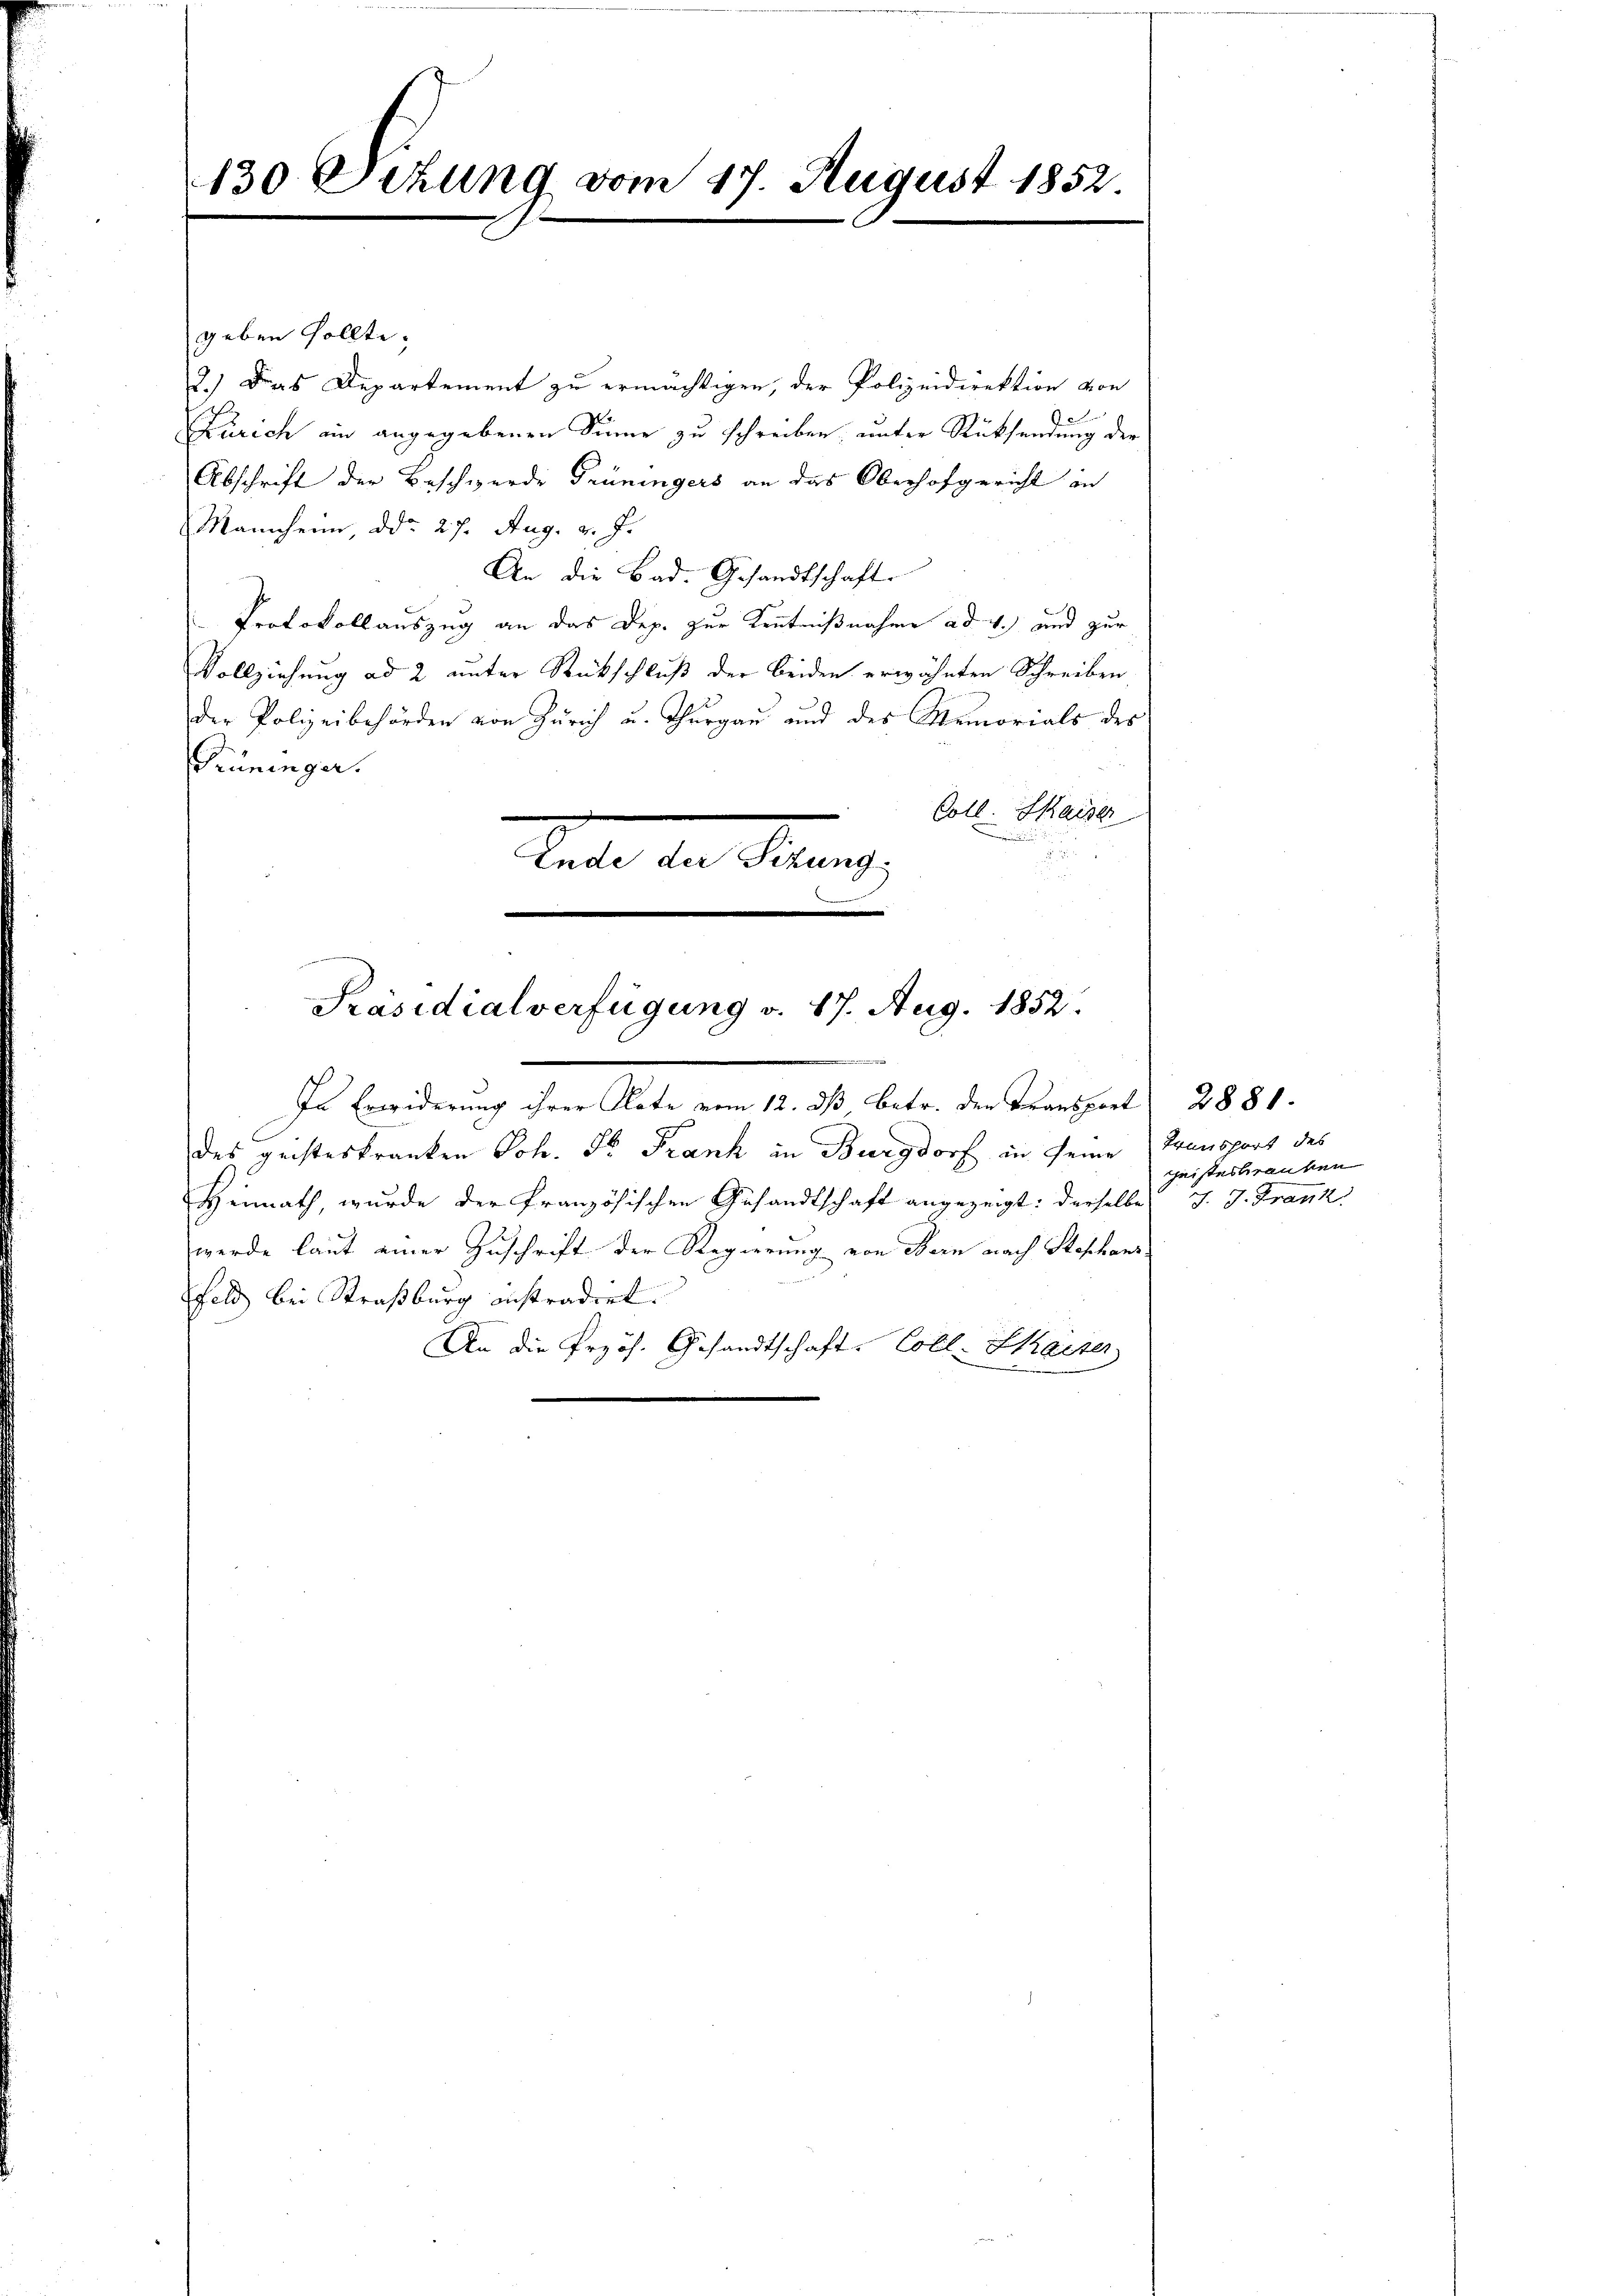
130 Sekung vom 17. August 1852.

geben sollte.
2.) Das Departement zu ermächtigen, der Polizeidirektion von
Ban
.
Zürich in angegebenen Sinne zu schreiben, unter Rücksendung der
Abschrift der Beschwerde Grüningers an das Oberhofgericht an
Mannheim, ddo 27. Aug. v. J.
An die Bad. Gesandtschaft
.
Protokollauszug an das Dep. zur Kenntnißnahme ad 4. und zur
Vollziehung ad 2 unter Rückschluß der beiden erwähnten Schreiben
der Polizeibehörden von Zürich u. Thŭrgaŭ und des Memorials des
Prüninger.
Coll. Kaiser
n
Präsidialverfügung v. 17. Aug. 1852.
In Erwiderung ihrer Klote vom 12. ds Betr. den Transport 2880.
des geisteskranken Joh. Fr. Frank in Burgdorf in seine Transport des
Heimath, wurde der französischen Gesandtschaft angezeigt: derselbe J. J. Frank
werde laut einer Zuschrift der Regierung von Bern nach Stephans
feld bei Straßburg instradirt.
An die Przös. Gesandtschaft. Coll-Zkaiser

lacte der Mann,

geisteskranken